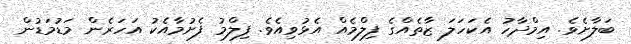
ބަލާށެވެ. އިމްދާހު އެކަހަލަ ޒާތެއްގެ ފިލްމެއް އެޅުވިއެވެ. ފިލްމު ފެށުމާއެކު އަހަރެން މަޑުމަޑުން